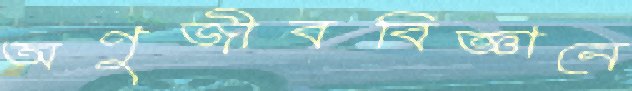
অণুজীববিজ্ঞানে